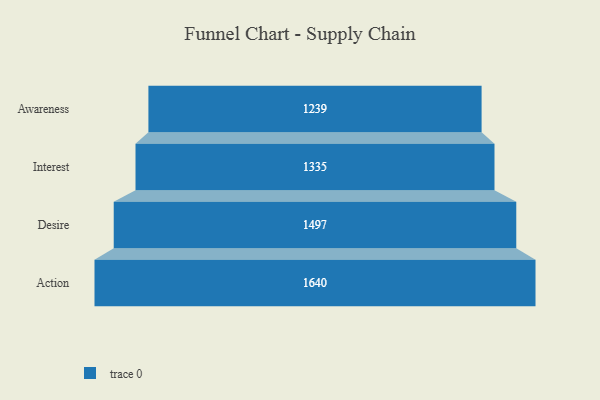
{"axis": {"x": "Stage", "y": "Value"}, "legend": [""], "data": [{"x": "Awareness", "y": 1239.0, "type": ""}, {"x": "Interest", "y": 1335.0, "type": ""}, {"x": "Desire", "y": 1497.0, "type": ""}, {"x": "Action", "y": 1640.0, "type": ""}]}